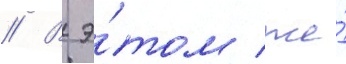
// В э́том же́